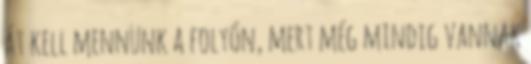
át kell mennünk a folyón, mert még mindig vannak